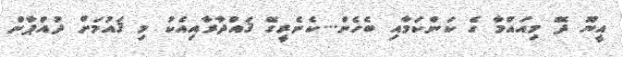
އީޔޫ ދޭ މިއައްމާ ގެ ކަންކަމާއި ބެހެން...ކެނެރީގޭ ޤައްދާރާއިއެކު މި ޤައުމަށް ދުއްޕާން